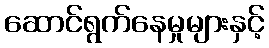
ဆောင်ရွက်နေမှုများနှင့်